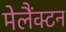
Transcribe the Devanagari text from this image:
मेलैंक्टन